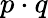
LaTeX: p\cdot q